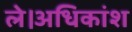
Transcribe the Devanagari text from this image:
ले।अधिकांश